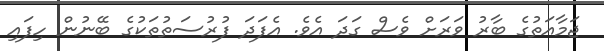
ޖަމާއަތުގެ ބާރު ވަރަށް ވެސް ގަދަ އެވެ. އެފަދަ ފުރުސަތުތަކުގެ ބޭނުން ހިފައި